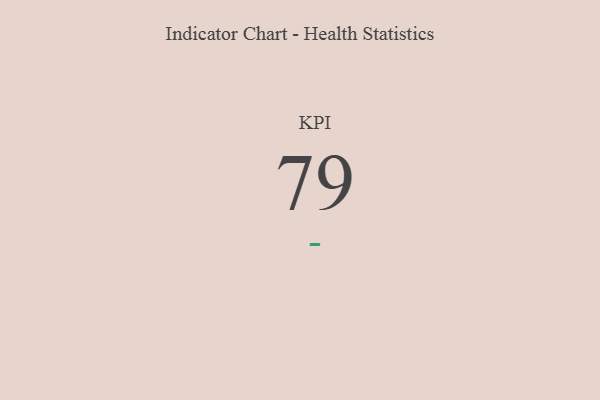
{"axis": {"x": "KPI", "y": "Value"}, "legend": [""], "data": [{"x": "KPI", "y": 79, "type": ""}]}